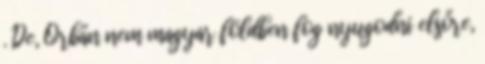
. De, Orbán nem magyar földben fog nyugodni elsőre,